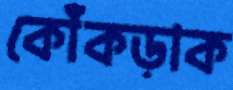
কোঁকড়াক